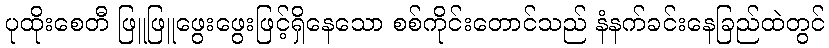
ပုထိုးစေတီ ဖြူဖြူဖွေးဖွေးဖြင့်ရှိနေသော စစ်ကိုင်းတောင်သည် နံနက်ခင်းနေခြည်ထဲတွင်